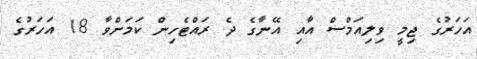
އަހަރުގެ ޖިމީ ވިލިއަމްސް އާއި އޭނާގެ ދެ ރައްޓެހިން ކަމަށްވާ 18 އަހަރުގެ